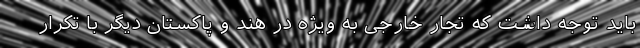
باید توجه داشت که تجار خارجی به ویژه در هند و پاکستان دیگر با تکرار